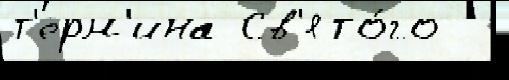
т'ерм'ина Св'ято́го